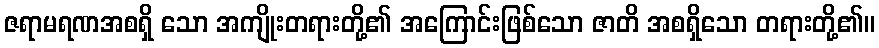
ဇရာမရဏအစရှိ သော အကျိုးတရားတို့၏ အကြောင်းဖြစ်သော ဇာတိ အစရှိသော တရားတို့၏။